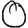
Digit: 0